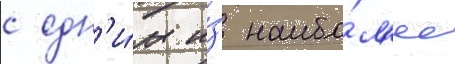
с одн'и́м и́з наибо́л'ее